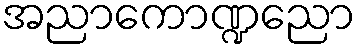
အညာကောဏ္ဍညော